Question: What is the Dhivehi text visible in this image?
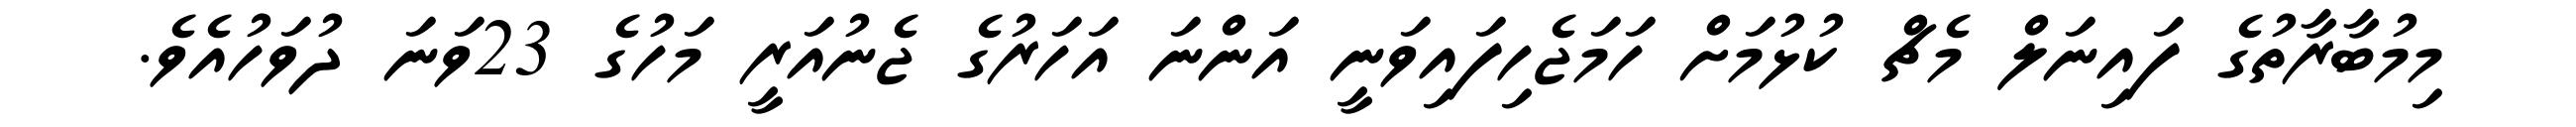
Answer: މިމުބާރާތުގެ ފައިނަލް މެޗް ކުޅުމަށް ހަމަޖެހިފައިވަނީ އަންނަ އަހަރުގެ ޖެނުއަރީ މަހުގެ 23ވަނަ ދުވަހުއެވެ.